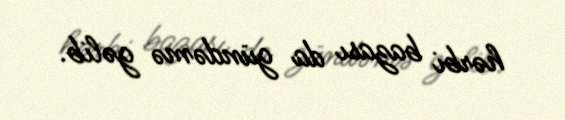
hərbi bazası da gündəmə gəlib.